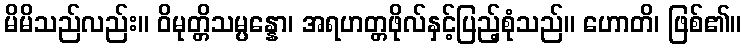
မိမိသည်လည်း။ ဝိမုတ္တိသမ္ပန္နော၊ အရဟတ္တဖိုလ်နှင့်ပြည့်စုံသည်။ ဟောတိ၊ ဖြစ်၏။